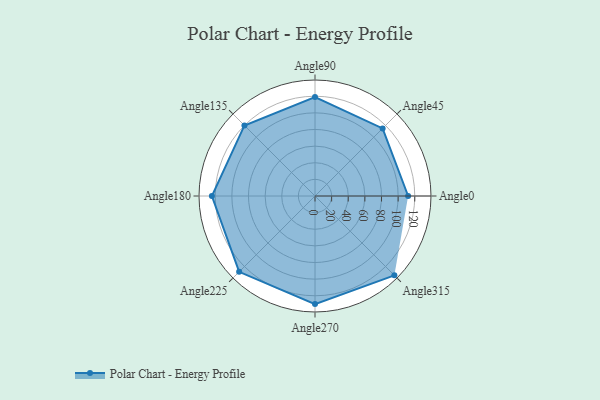
{"axis": {"x": "Angle", "y": "Radius"}, "legend": [""], "data": [{"x": "Angle0", "y": 112.0, "type": ""}, {"x": "Angle45", "y": 115.0, "type": ""}, {"x": "Angle90", "y": 119.0, "type": ""}, {"x": "Angle135", "y": 120.0, "type": ""}, {"x": "Angle180", "y": 124.0, "type": ""}, {"x": "Angle225", "y": 129.0, "type": ""}, {"x": "Angle270", "y": 130.0, "type": ""}, {"x": "Angle315", "y": 135.0, "type": ""}]}